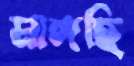
মাঙ্গছি